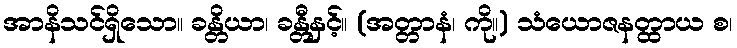
အာနိသင်ရှိသော။ ခန္တိယာ၊ ခန္တီနှင့်။ (အတ္တာနံ၊ ကို။) သံယောဇနတ္ထာယ စ၊